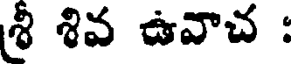
శ్రీ శివ ఉవాచ :